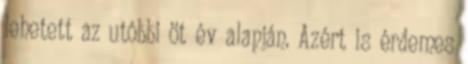
lehetett az utóbbi öt év alapján. Azért is érdemes